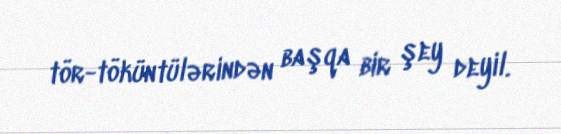
tör-töküntülərindən başqa bir şey deyil.